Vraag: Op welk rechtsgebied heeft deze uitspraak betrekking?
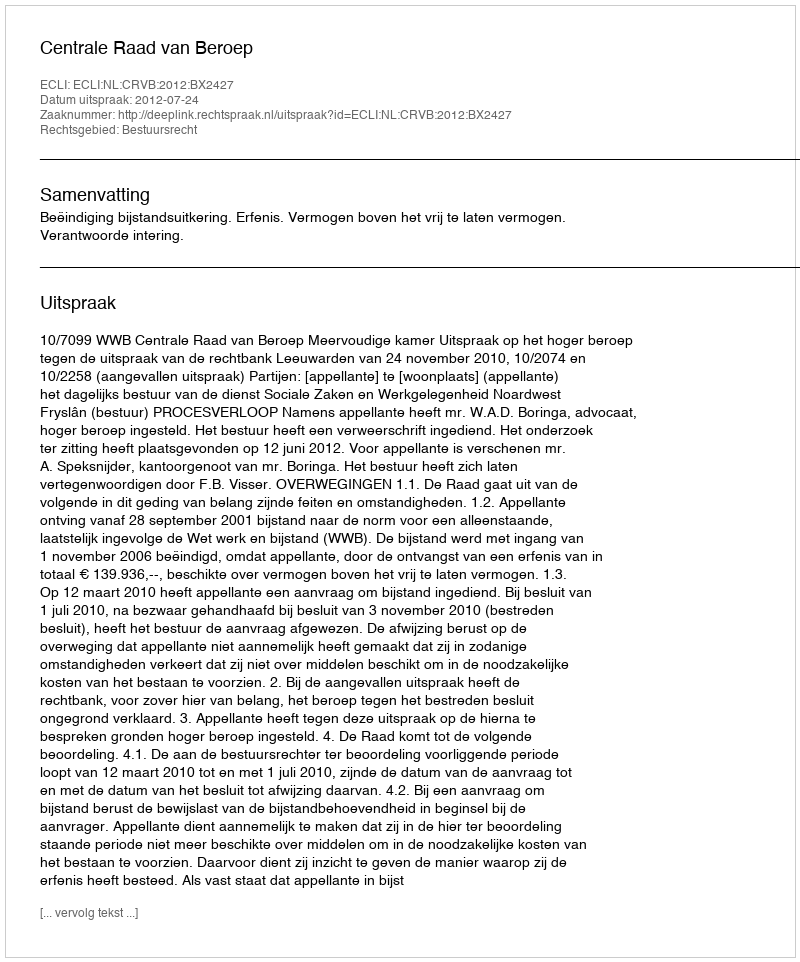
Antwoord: Bestuursrecht